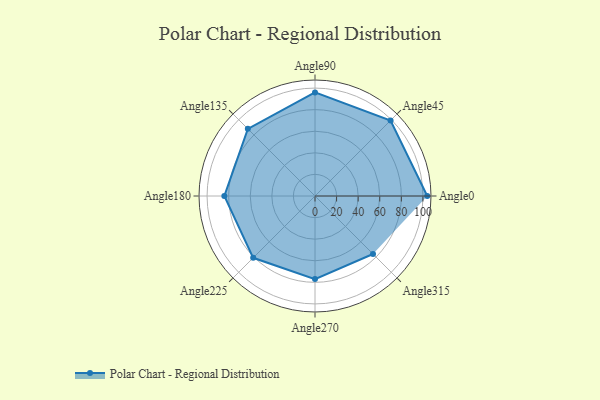
{"axis": {"x": "Angle", "y": "Radius"}, "legend": [""], "data": [{"x": "Angle0", "y": 104.0, "type": ""}, {"x": "Angle45", "y": 99.0, "type": ""}, {"x": "Angle90", "y": 96.0, "type": ""}, {"x": "Angle135", "y": 88.0, "type": ""}, {"x": "Angle180", "y": 84.0, "type": ""}, {"x": "Angle225", "y": 81.0, "type": ""}, {"x": "Angle270", "y": 77.0, "type": ""}, {"x": "Angle315", "y": 76.0, "type": ""}]}